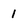
Character: 1